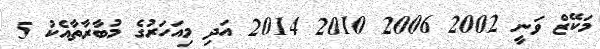
މަކޭޒް ވަނީ 2002 2006 2010 2014 އަދި މިއަހަރުގެ މުބާރާތާއެކު 5